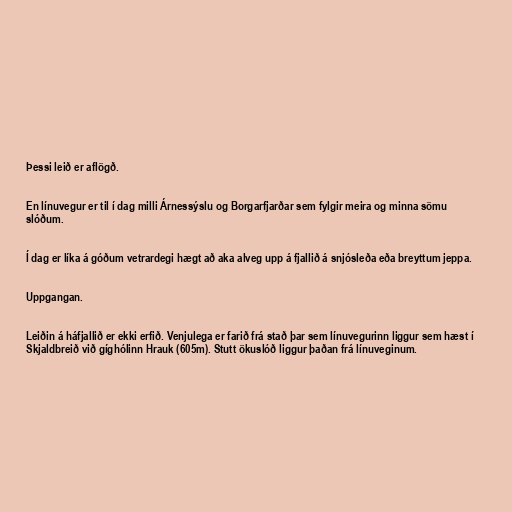
Þessi leið er aflögð.

En línuvegur er til í dag milli Árnessýslu og Borgarfjarðar sem fylgir meira og minna sömu
slóðum.

Í dag er líka á góðum vetrardegi hægt að aka alveg upp á fjallið á snjósleða eða breyttum jeppa.

Uppgangan.

Leiðin á háfjallið er ekki erfið. Venjulega er farið frá stað þar sem línuvegurinn liggur sem hæst í
Skjaldbreið við gíghólinn Hrauk (605m). Stutt ökuslóð liggur þaðan frá línuveginum.